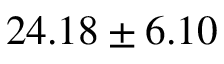
2 4 . 1 8 \pm 6 . 1 0